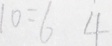
1 0 = 6 4